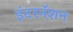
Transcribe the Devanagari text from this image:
इंटरनॅशन